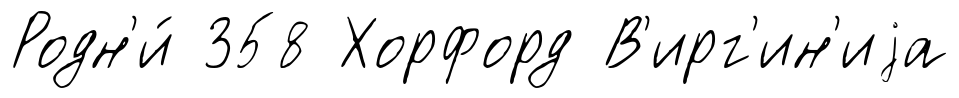
Родн'и́ 358 Хорфорд В'ирг'ин'иjа